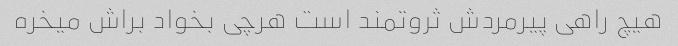
هیچ راهی پیرمردش ثروتمند است هرچی بخواد براش میخره